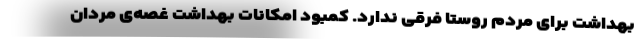
بهداشت برای مردم روستا فرقی ندارد. کمبود امکانات بهداشت غصه‌ی مردان